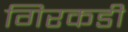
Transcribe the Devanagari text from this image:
गिरकडी